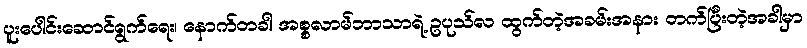
ပူးပေါင်းဆောင်ရွက်ရေး၊ နောက်တခါ အစ္စလာမ်ဘာသာရဲ့ ဥပုသ်လ ထွက်တဲ့အခမ်းအနား တက်ပြီးတဲ့အခါမှာ